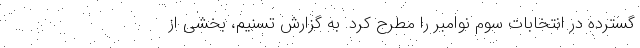
گسترده در انتخابات سوم نوامبر را مطرح کرد. به گزارش تسنیم، بخشی از